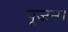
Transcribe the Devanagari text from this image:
पूजन।